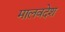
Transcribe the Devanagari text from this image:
मालवदेश